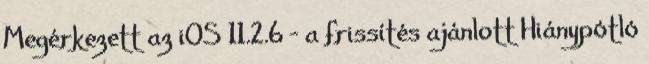
Megérkezett az iOS 11.2.6 – a frissítés ajánlott Hiánypótló